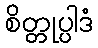
စိတ္တုပ္ပါဒံ